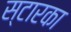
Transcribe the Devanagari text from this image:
स्टारका